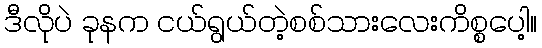
ဒီလိုပဲ ခုနက ငယ်ရွယ်တဲ့စစ်သားလေးကိစ္စပေါ့။